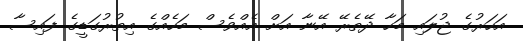
އަހަރުގެ ޖުލައި މަހާ ދޭތެރޭ އޭނާ އަށް އެއްވެސް މަހެއްގެ އިތުރުގަޑީގެ ފައިސާ